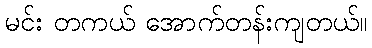
မင်း တကယ် အောက်တန်းကျတယ်။